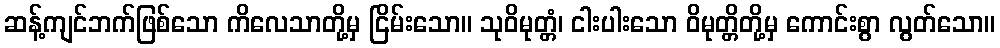
ဆန့်ကျင်ဘက်ဖြစ်သော ကိလေသာတို့မှ ငြိမ်းသော။ သုဝိမုတ္တံ၊ ငါးပါးသော ဝိမုတ္တိတို့မှ ကောင်းစွာ လွတ်သော။